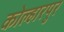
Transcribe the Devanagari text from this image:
कोल्हारपुर